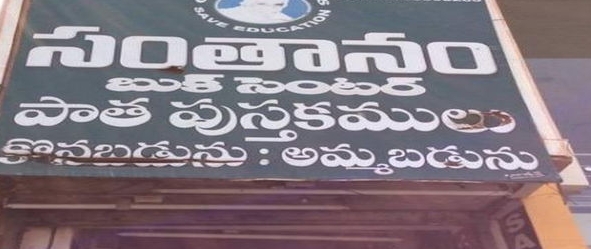
Language: telugu
Transcription: సంతానం బుక్ సెంటర్ పాత పుస్తకములు అమ్మబడును